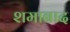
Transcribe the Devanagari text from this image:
शमाबाद